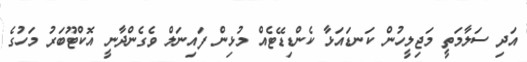
އަދި ސަލާމަތީ މަޖިލީހުން ކަނޑައަޅާ ކެންޑިޑޭޓެއް މުޅިން ފައިނަލް ވެގެންދާނީ އޮކްޓޫބަރު މަހުގެ